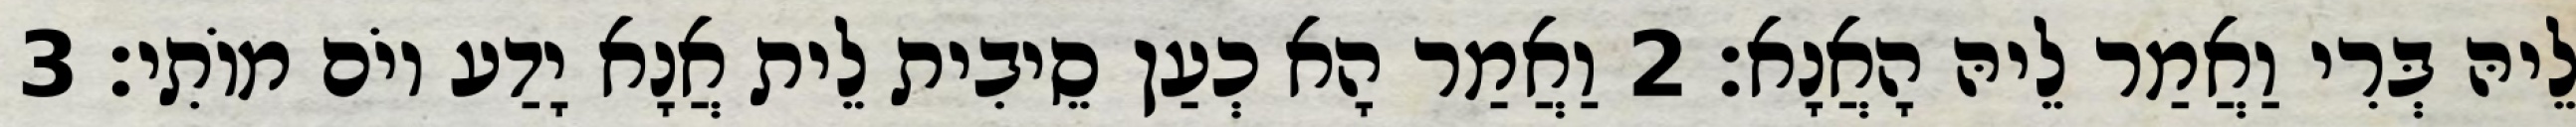
לֵיהּ בְּרִי וַאֲמַר לֵיהּ הָאֲנָא׃ 2 וַאֲמַר הָא כְעַן סֵיבִית לֵית אֲנָא יָדַע יוֹם מוֹתִי׃ 3